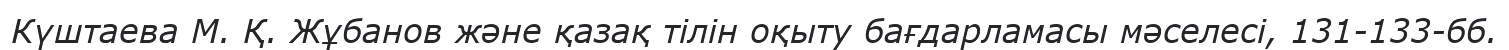
Күштаева М. Қ. Жұбанов және қазақ тілін оқыту бағдарламасы мәселесі, 131-133-бб.